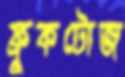
ফ্রুকটোজ